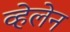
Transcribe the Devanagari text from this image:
व्हेलेन